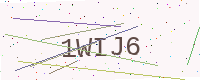
Text: 1WIJ6